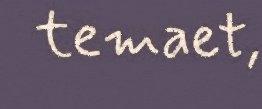
temaet,